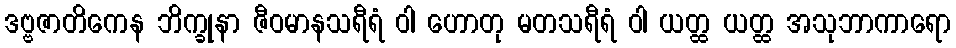
ဒဗ္ဗဇာတိကေန ဘိက္ခုနာ ဇီဝမာနသရီရံ ဝါ ဟောတု မတသရီရံ ဝါ ယတ္ထ ယတ္ထ အသုဘာကာရော